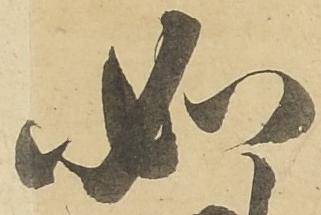
如